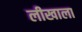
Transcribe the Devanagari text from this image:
लीखाला